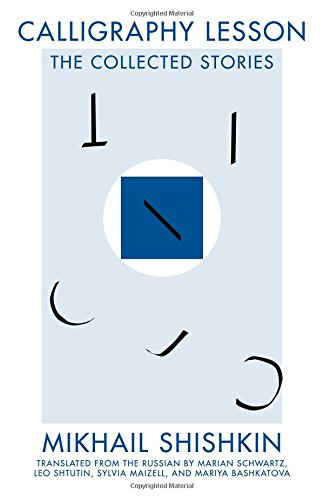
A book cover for Calligraphy Lesson: The Collected Stories; Mikhail Shishkin; Literature & Fiction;